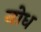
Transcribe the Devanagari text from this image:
नोध